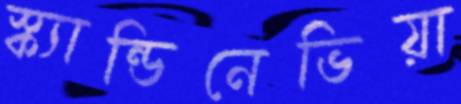
স্ক্যান্ডিনেভিয়া